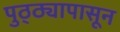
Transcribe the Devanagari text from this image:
पुठ्ठ्यापासून